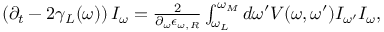
\begin{array} { r } { \left( \partial _ { t } - 2 \gamma _ { L } ( \omega ) \right) I _ { \omega } = \frac { 2 } { \partial _ { \omega } \epsilon _ { \omega , R } } \int _ { \omega _ { L } } ^ { \omega _ { M } } d \omega ^ { \prime } V ( \omega , \omega ^ { \prime } ) I _ { \omega ^ { \prime } } I _ { \omega } , } \end{array}